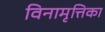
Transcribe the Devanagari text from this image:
विनामृत्तिका